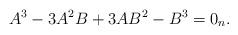
LaTeX: \begin{align*} A^3-3A^2B+3AB^2-B^3=0_n. \end{align*}